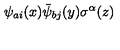
\psi _ { a i } ( x ) \bar { \psi } _ { b j } ( y ) \sigma ^ { \alpha } ( z )